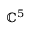
\mathbb { C } ^ { 5 }